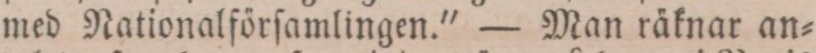
med Nationalförſamlingen.' — Man räknar an=